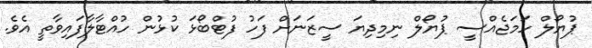
ޕުޔޯލް ހަމަޖެއްސީ ޕުޔޯލް ނިމިދިޔަ ސީޒަނަށް ފަހު ފުޓްބޯޅަ ކުޅުން ހުއްޓާލާފައިވާތީ އެވެ.